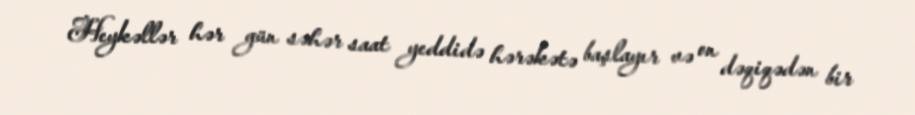
Heykəllər hər gün səhər saat yeddidə hərəkətə başlayır və on dəqiqədən bir